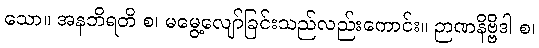
သော။ အနဘိရတိ စ၊ မမွေ့လျော်ခြင်းသည်လည်းကောင်း။ ဉာဏနိဗ္ဗိဒါ စ၊